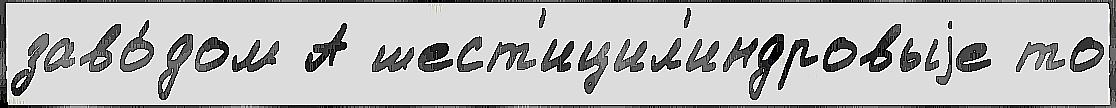
заво́дом А шест'ицил'индровыjе то